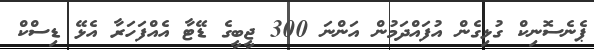
ޕެނެސޮނިކް ގުޅިގެން އުފައްދަމުން އަންނަ 300 ޖީބީގެ ޑޭޓާ އެއްފަހަރާ އެޅޭ ޑިސްކް